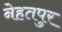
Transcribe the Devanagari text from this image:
नेहतपुर